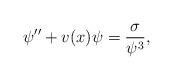
LaTeX: \begin{align*}\psi^{\prime \prime} + v(x) \psi = \frac{\sigma}{\psi^3}, \end{align*}